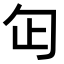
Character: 𠣏